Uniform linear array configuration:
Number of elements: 4
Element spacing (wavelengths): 0.75
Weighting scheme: binomial
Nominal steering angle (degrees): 30
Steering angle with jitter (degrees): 31.995
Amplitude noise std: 0.05
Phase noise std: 0.05

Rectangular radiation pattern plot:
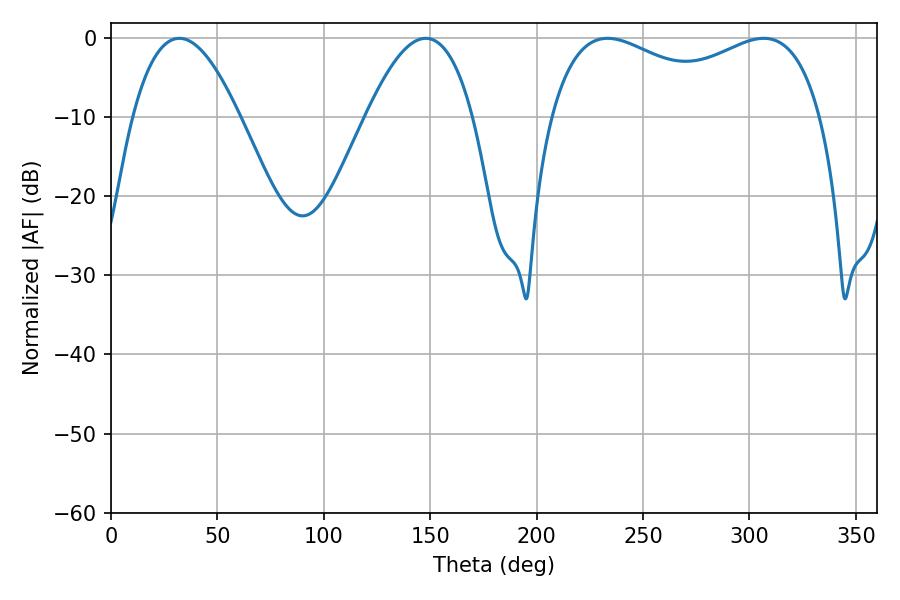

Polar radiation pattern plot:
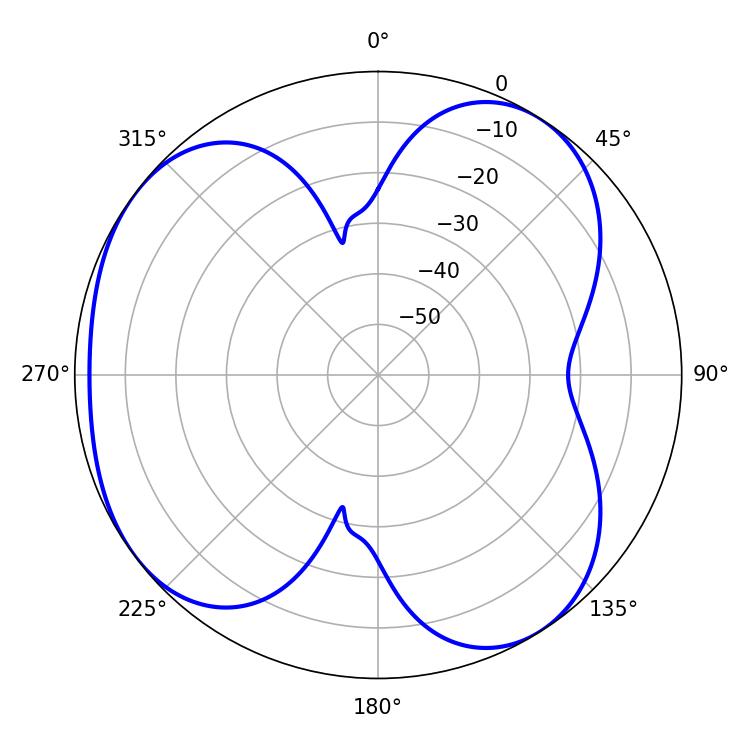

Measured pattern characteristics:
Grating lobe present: TRUE
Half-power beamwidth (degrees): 105.84
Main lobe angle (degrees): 233.28